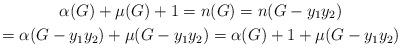
LaTeX: \begin{gather*}\alpha(G)+\mu(G)+1=n(G)=n(G-y_{1}y_{2})\\=\alpha(G-y_{1}y_{2})+\mu(G-y_{1}y_{2})=\alpha(G)+1+\mu(G-y_{1}y_{2})\end{gather*}